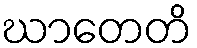
ဃာတေတိ